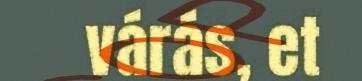
várás, et